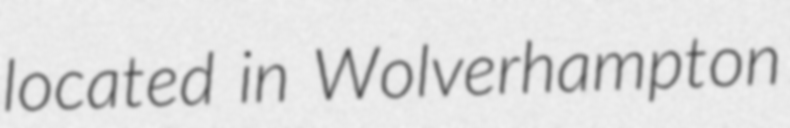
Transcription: located in Wolverhampton